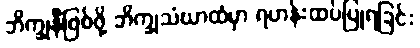
ဘိက္ခုနီဖြစ်ဖို့ ဘိက္ခုသံဃာထံမှာ ရဟန်းထပ်ပြုရခြင်း